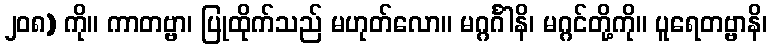
၂၀၈) ကို။ ကာတဗ္ဗာ၊ ပြုထိုက်သည် မဟုတ်လော။ မဂ္ဂင်္ဂါနိ၊ မဂ္ဂင်တို့ကို။ ပူရေတဗ္ဗာနိ၊